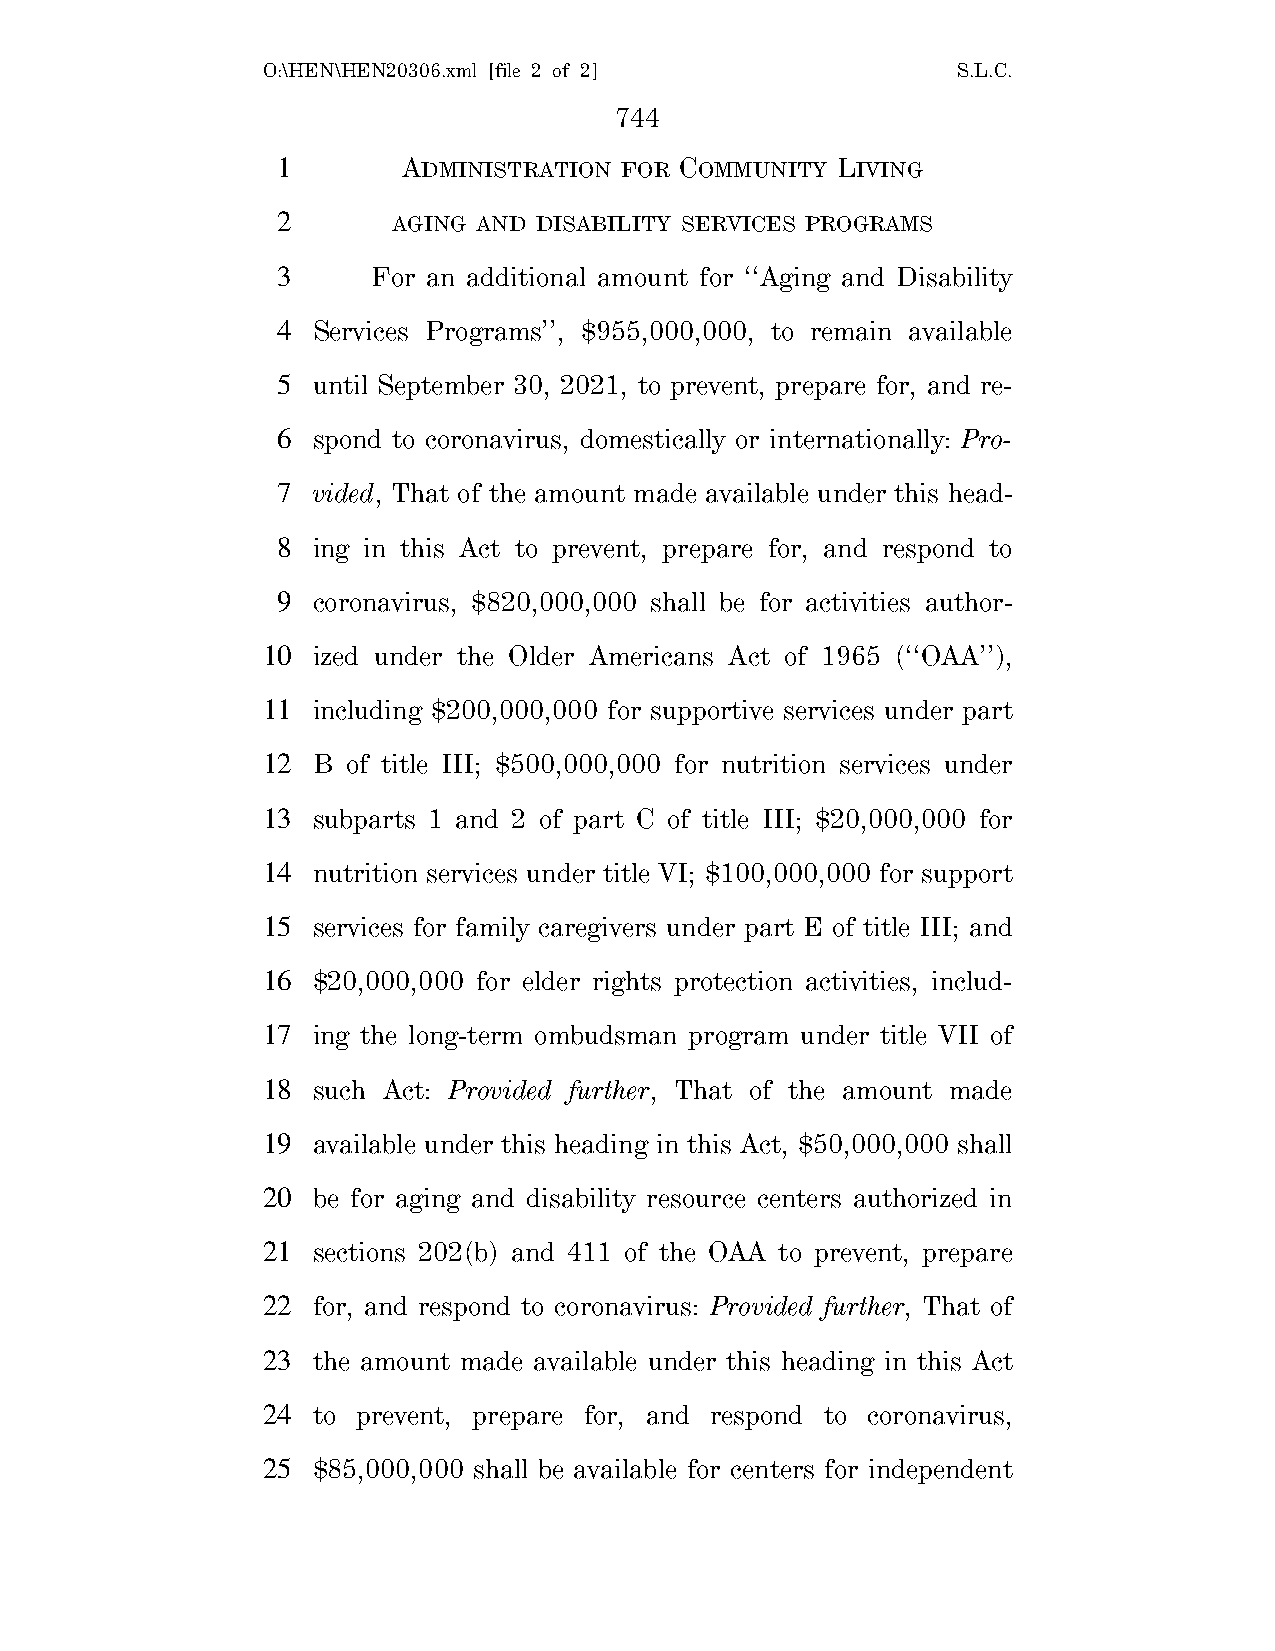
O:\HEN\HEN20306.xml [file 2 of 2]             S.L.C.
 744
 1        ADMINISTRATION FOR COMMUNITY LIVING
 2       AGING AND DISABILITY SERVICES PROGRAMS
 3      For an additional amount for ‘‘Aging and Disability
 4  Services Programs’’, $955,000,000, to remain available
 5  until September 30, 2021, to prevent, prepare for, and re-
 6  spond to coronavirus, domestically or internationally: Pro-
 7  vided, That of the amount made available under this head-
 8  ing in this Act to prevent, prepare for, and respond to
 9  coronavirus, $820,000,000 shall be for activities author-
 10  ized under the Older Americans Act of 1965 (‘‘OAA’’),
 11  including $200,000,000 for supportive services under part
 12  B of title III; $500,000,000 for nutrition services under
 13  subparts 1 and 2 of part C of title III; $20,000,000 for
 14  nutrition services under title VI; $100,000,000 for support
 15  services for family caregivers under part E of title III; and
 16  $20,000,000 for elder rights protection activities, includ-
 17  ing the long-term ombudsman program under title VII of
 18  such Act: Provided further, That of the amount made
 19  available under this heading in this Act, $50,000,000 shall
 20  be for aging and disability resource centers authorized in
 21  sections 202(b) and 411 of the OAA to prevent, prepare
 22  for, and respond to coronavirus: Provided further, That of
 23  the amount made available under this heading in this Act
 24  to prevent, prepare for, and respond to coronavirus,
 25  $85,000,000 shall be available for centers for independent